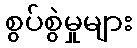
စွပ်စွဲမှုများ